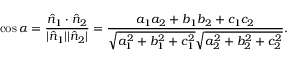
\cos \alpha = { \frac { { \hat { n } } _ { 1 } \cdot { \hat { n } } _ { 2 } } { | { \hat { n } } _ { 1 } | | { \hat { n } } _ { 2 } | } } = { \frac { a _ { 1 } a _ { 2 } + b _ { 1 } b _ { 2 } + c _ { 1 } c _ { 2 } } { { \sqrt { a _ { 1 } ^ { 2 } + b _ { 1 } ^ { 2 } + c _ { 1 } ^ { 2 } } } { \sqrt { a _ { 2 } ^ { 2 } + b _ { 2 } ^ { 2 } + c _ { 2 } ^ { 2 } } } } } .